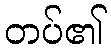
တပ်၏